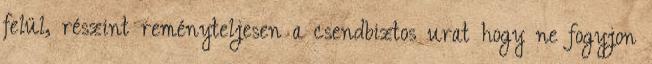
felül, részint reményteljesen a csendbiztos urat hogy ne fogyjon